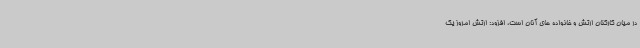
در میان کارکنان ارتش و خانواده های آنان است، افزود: ارتش امروز یک